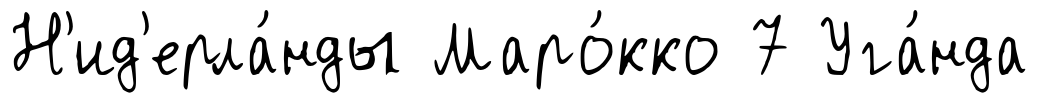
Н'ид'ерла́нды Маро́кко 7 Уга́нда